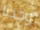
وجدنا